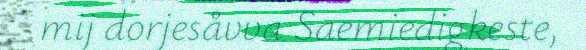
mij dorjesåvva Saemiedigkeste,